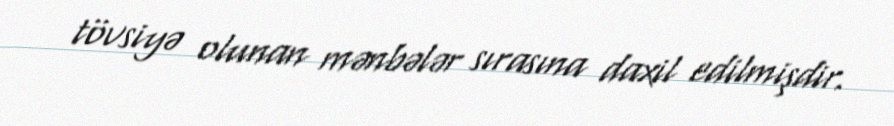
tövsiyə olunan mənbələr sırasına daxil edilmişdir.